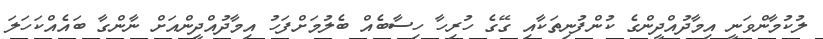
ލުކުމާންވަނީ އިމާދުއްދީންގެ ކުންފުނިތަކާއި ގޭގެ ހުރިހާ ހިސާބެއް ބެލުމަށްފަހު އިމާދުއްދީންއަށް ނާންގާ ބައެއްކަހަލަ